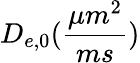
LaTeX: D_{e,0}(\frac{\mu m^{2}}{ms})